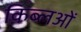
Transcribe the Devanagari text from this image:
क़िब्लओं